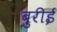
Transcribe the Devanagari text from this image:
बुरीई